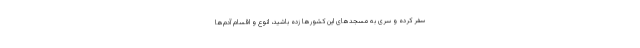
سفر کرده و سری به مسجدهای این کشورها زده باشید، انوع و اقسام آدم‌ها